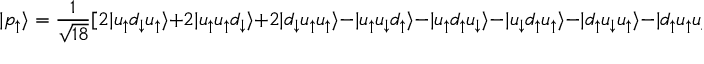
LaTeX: | p _ { \uparrow } \rangle = { \frac { 1 } { \sqrt { 1 8 } } } [ 2 | u _ { \uparrow } d _ { \downarrow } u _ { \uparrow } \rangle + 2 | u _ { \uparrow } u _ { \uparrow } d _ { \downarrow } \rangle + 2 | d _ { \downarrow } u _ { \uparrow } u _ { \uparrow } \rangle - | u _ { \uparrow } u _ { \downarrow } d _ { \uparrow } \rangle - | u _ { \uparrow } d _ { \uparrow } u _ { \downarrow } \rangle - | u _ { \downarrow } d _ { \uparrow } u _ { \uparrow } \rangle - | d _ { \uparrow } u _ { \downarrow } u _ { \uparrow } \rangle - | d _ { \uparrow } u _ { \uparrow } u _ { \downarrow } \rangle - | u _ { \downarrow } u _ { \uparrow } d _ { \uparrow } \rangle ] .